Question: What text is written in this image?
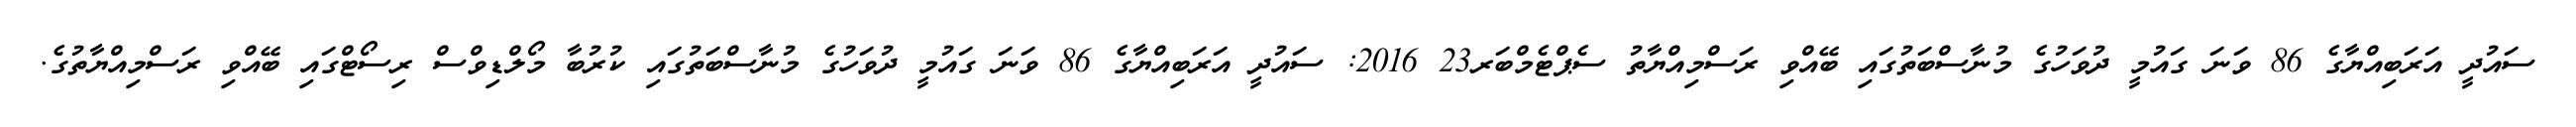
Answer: ސައުދީ އަރަބިއްޔާގެ 86 ވަނަ ގައުމީ ދުވަހުގެ މުނާސްބަތުގައި ބޭއްވި ރަސްމިއްޔާތު ސެޕްޓެމްބަރ23 2016: ސައުދީ އަރަބިއްޔާގެ 86 ވަނަ ގައުމީ ދުވަހުގެ މުނާސްބަތުގައި ކުރުބާ މޯލްޑިވްސް ރިސޯޓްގައި ބޭއްވި ރަސްމިއްޔާތުގެ.